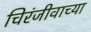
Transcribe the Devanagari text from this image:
चिरंजीवाच्या